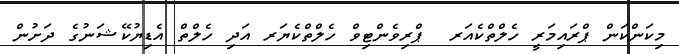
މިކަންކަން ޕްރައިމަރީ ހެލްތްކެއަރ  ޕްރިވެންޓިވް ހެލްތްކެޔަރ އަދި ހެލްތް އެޑިޔުކޭޝަނުގެ ދަށުން